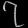
Digit: ၇